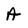
Character: A